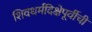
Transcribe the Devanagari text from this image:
शिवधर्मदिक्षेपूर्वीची